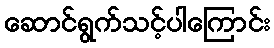
ဆောင်ရွက်သင့်ပါကြောင်း